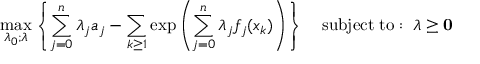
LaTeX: \operatorname* { m a x } _ { \lambda _ { 0 } ; { \boldsymbol { \lambda } } } \left\{ \sum _ { j = 0 } ^ { n } \lambda _ { j } a _ { j } - \sum _ { k \geq 1 } \exp \left( \sum _ { j = 0 } ^ { n } \lambda _ { j } f _ { j } ( x _ { k } ) \right) \right\} \quad \mathrm { s u b j e c t \; t o : \; \; } { \boldsymbol { \lambda } } \geq \mathbf { 0 }